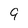
Character: 9